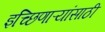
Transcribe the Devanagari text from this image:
इच्छिणाऱ्यांसाठी